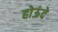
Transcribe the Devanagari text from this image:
होऊंदे